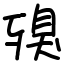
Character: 殠